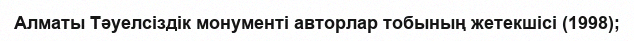
Алматы Тәуелсіздік монументі авторлар тобының жетекшісі (1998);